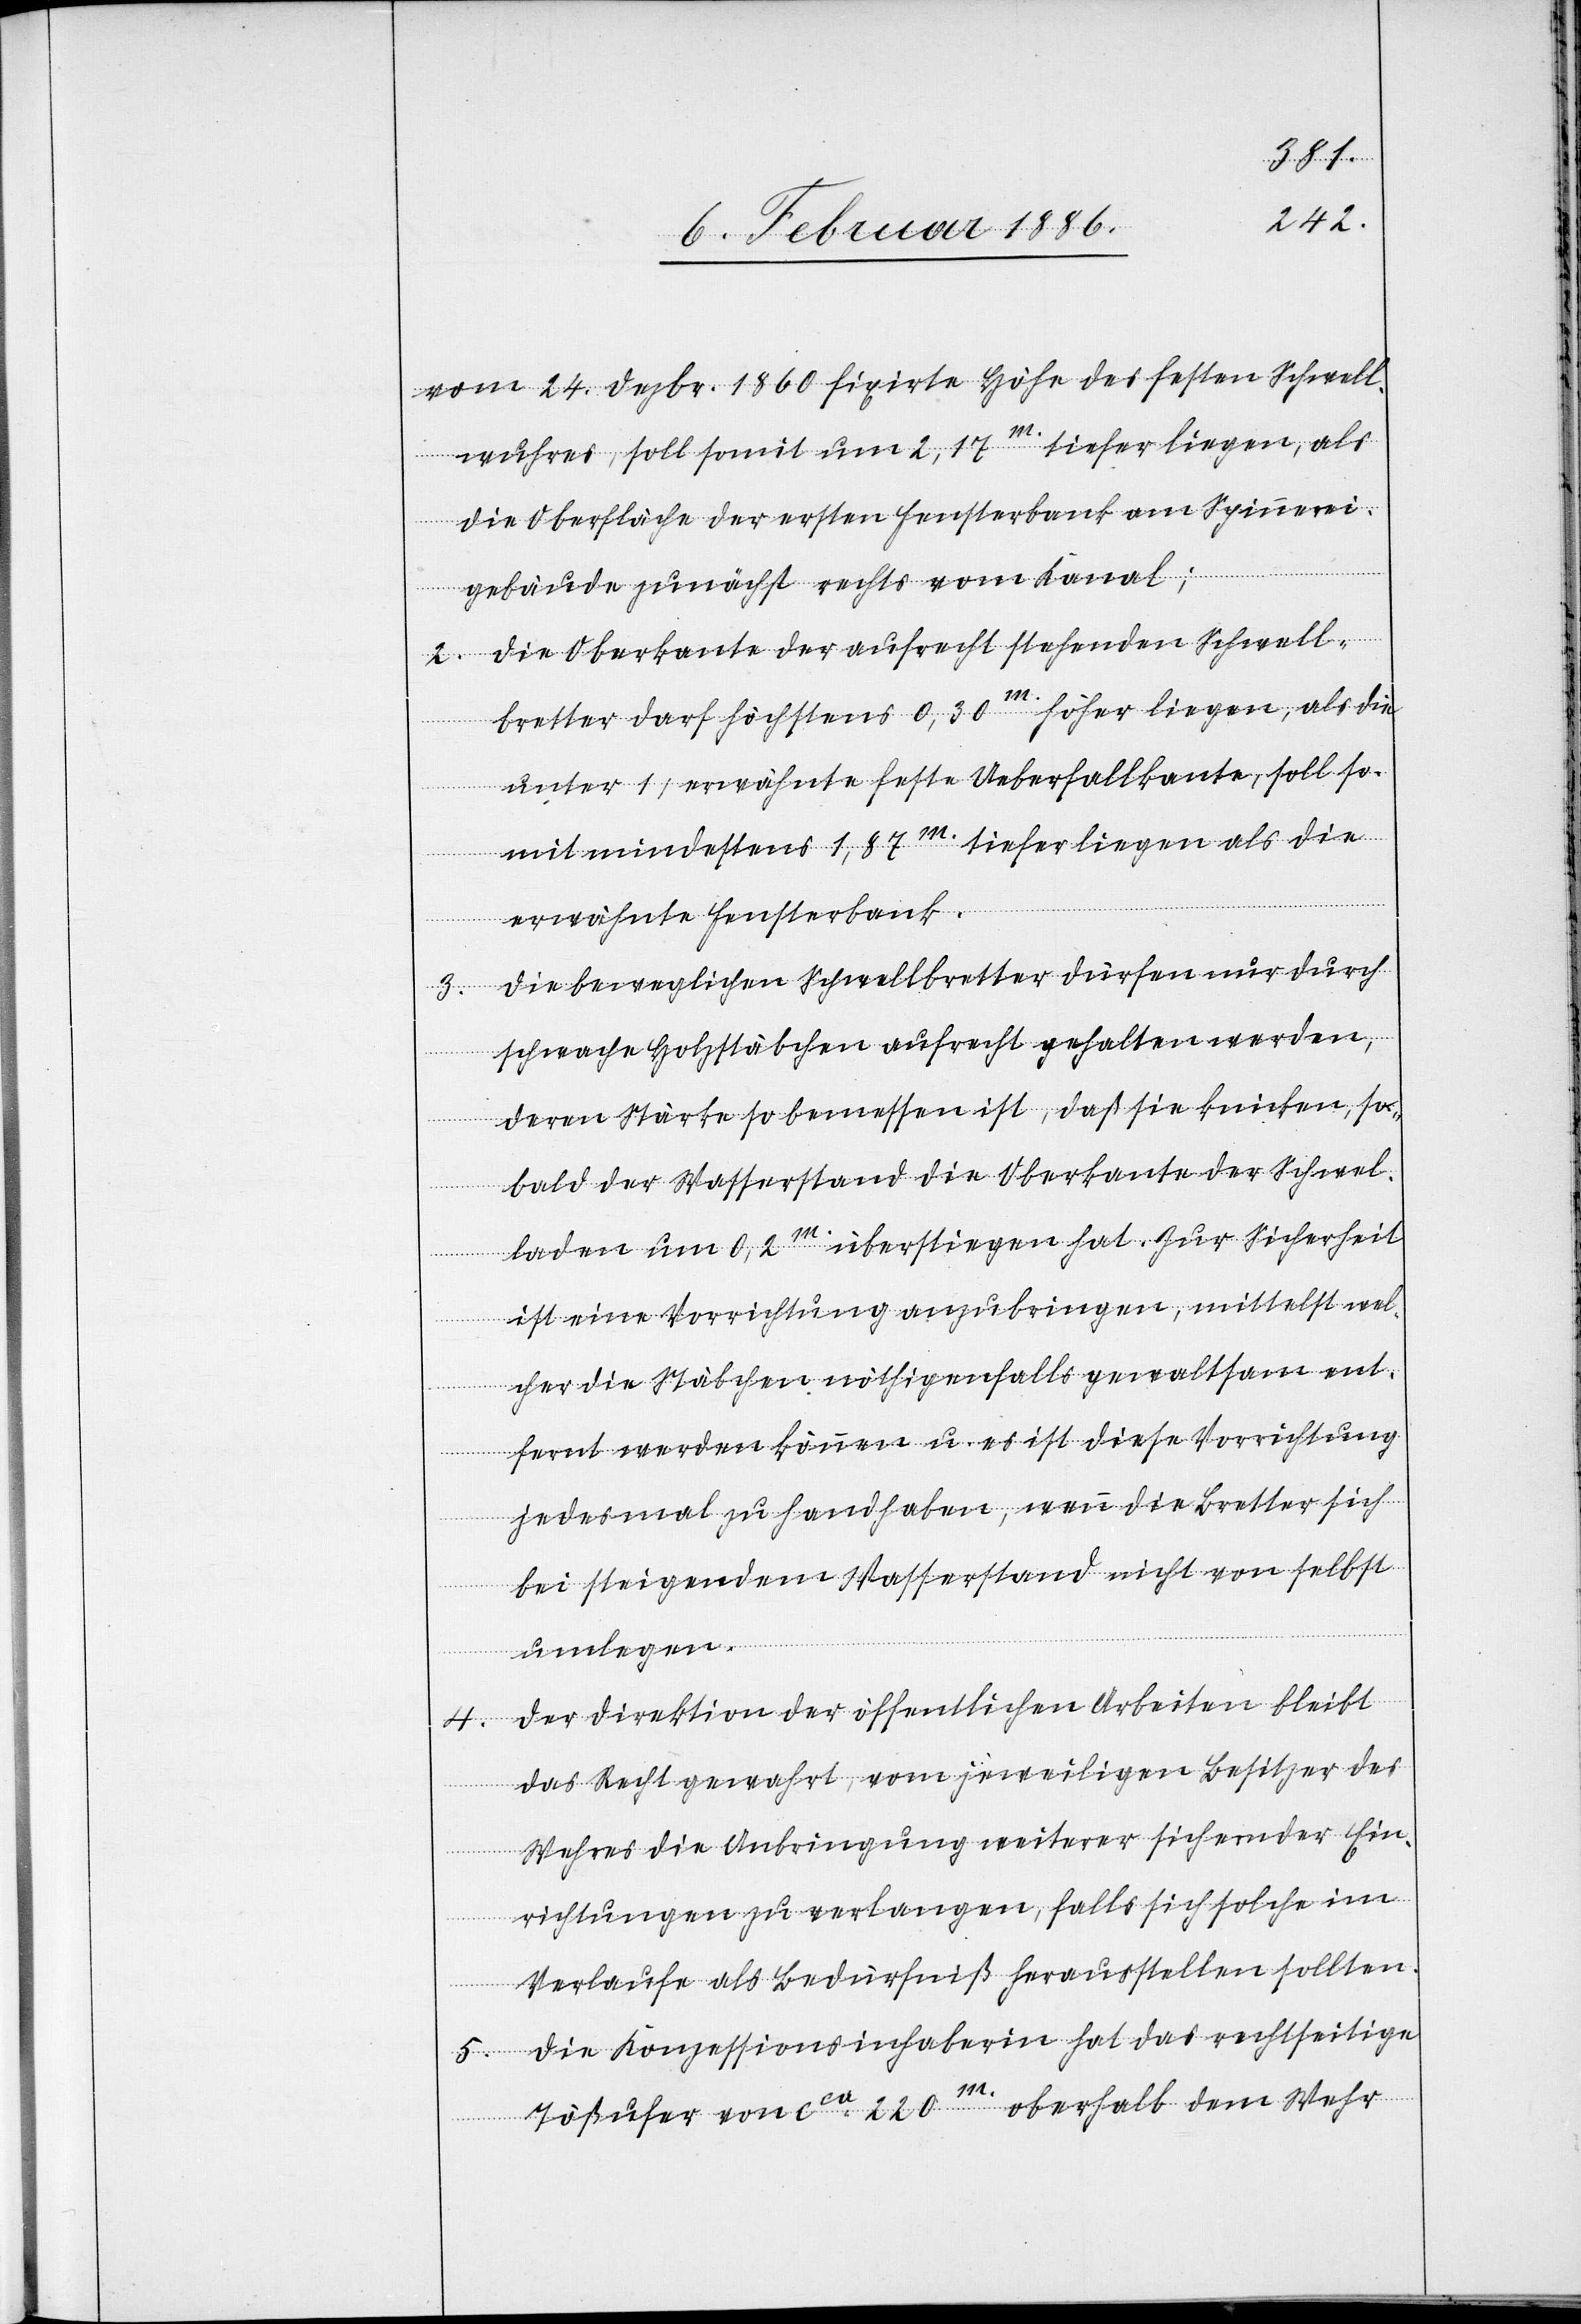
5.

vom 24. Dezbr. 1860 fixirte Höhe des festen Schwell¬
wuhres, soll somit um 2,17m. tiefer liegen, als
die Oberfläche der ersten Fensterbank am Spinnerei¬
gebäude zunächst rechts vom Kanal;
2. Die Oberkante der aufrecht stehenden Schwell¬
bretter darf höchstens 0,30m. höher liegen, als die
unter 1) erwähnte feste Ueberfallkante, soll so¬
mit mindestens 1,87m. tiefer liegen als die
erwähnte Fensterbank.
3. Die beweglichen Schwellbretter dürfen nur durch
schwache Holzstäbchen aufrecht gehalten werden,
deren Stärke so bemessen ist, daß sie knicken, so¬
bald der Wasserstand die Oberkante der Schwel¬
laden um 0,2m. überstiegen hat. Zur Sicherheit
ist eine Vorrichtung anzubringen, mittelst wel¬
cher die Stäbchen nöthigenfalls gewaltsam ent¬
fernt werden können u. es ist diese Vorrichtung
jedesmal zu handhaben, wenn die Bretter sich
bei steigendem Wasserstande nicht von selbst
umlegen.
Der Direktion der öffentlichen Arbeiten bleibt
das Recht gewahrt, vom jeweiligen Besitzer des
Wehres die Anbringung weiterer sichernder Ein¬
richtungen zu verlangen, falls sich solche im
Verlaufe als Bedürfniß herausstellen sollten.
Die Konzessionsinhaberin hat das rechtseitige
4.
Tößufer von cca 220m. oberhalb dem Wehr